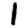
Digit: 1